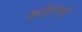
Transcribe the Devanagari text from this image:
काँडॉरची